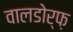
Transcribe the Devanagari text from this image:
वालडोर्फ़